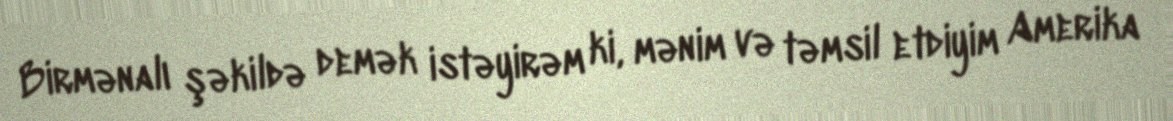
Birmənalı şəkildə demək istəyirəm ki, mənim və təmsil etdiyim Amerika